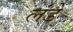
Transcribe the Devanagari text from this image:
लंडे